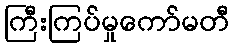
ကြီးကြပ်မှုကော်မတီ